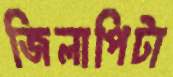
জিলাপিটা